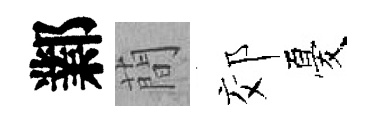
鄴蕳郊憂